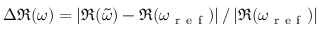
\Delta \Re ( \omega ) = \left| \Re ( \Tilde { \omega } ) - \Re ( \omega _ { \mathrm { ~ r ~ e ~ f ~ } } ) \right| / \left| \Re ( \omega _ { \mathrm { ~ r ~ e ~ f ~ } } ) \right|